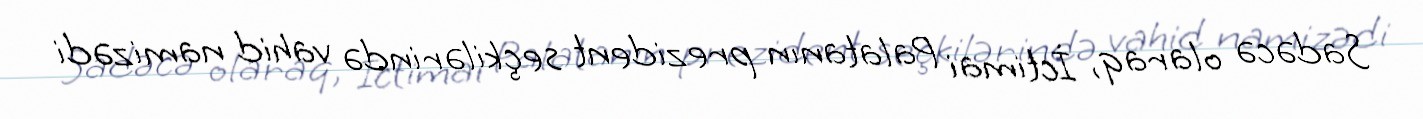
Sadəcə olaraq, İctimai Palatanın prezident seçkilərində vahid namizədi